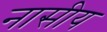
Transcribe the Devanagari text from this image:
नासीय